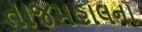
તાજમહાલના